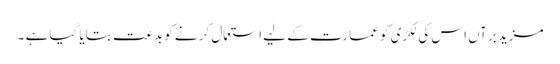
مزید برآں اس کی لکڑی کو عمارت کے لیے استعمال کر نے کو بدعت بتا یا گیا ہے ۔